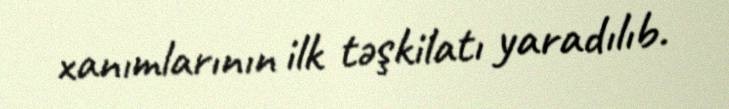
xanımlarının ilk təşkilatı yaradılıb.